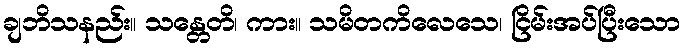
ချဘိသနည်း။ သန္တေတိ၊ ကား။ သမိတကိလေသေ၊ ငြိမ်းအပ်ပြီးသော